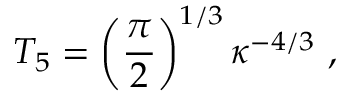
T _ { 5 } = \left( { \frac { \pi } { 2 } } \right) ^ { 1 / 3 } \kappa ^ { - 4 / 3 } \ ,